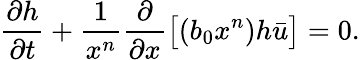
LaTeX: \frac{\partial h}{\partial t}+\frac{1}{x^{n}}\frac{\partial}{\partial x}\big[(b_{0}x^{n})h\bar{u}\big]=0.